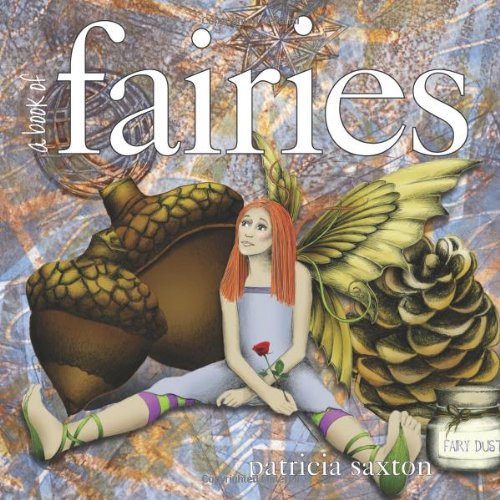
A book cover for A Book of Fairies; Patricia Saxton; Children's Books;